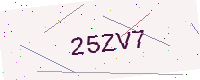
Text: 25ZV7